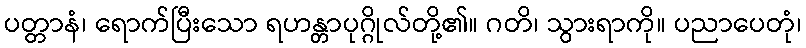
ပတ္တာနံ၊ ရောက်ပြီးသော ရဟန္တာပုဂ္ဂိုလ်တို့၏။ ဂတိ၊ သွားရာကို။ ပညာပေတုံ၊